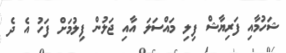
ޝަހުމާއި ފަރިޔާޝް ފިލި މައްސަލަ އާއި ޖަލުން ފިލުމަށް ފަހު އެ ދެ